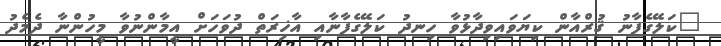
"ކަލޭގެފާނު ޤުރްއާން ކިޔަވައިވިދާޅުވާ ހިނދު ކަލޭގެފާނާއި އާޚިރަތް ދުވަހަށް އީމާންނުވާ މީހުންނާ ދެމެދު